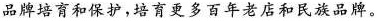
品牌培育和保护，培育更多百年老店和民族品牌。